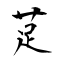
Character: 莡